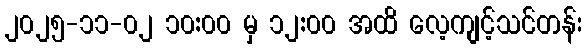
၂၀၂၅-၁၁-၀၂ ၁၀:၀၀ မှ ၁၂:၀၀ အထိ လေ့ကျင့်သင်တန်း